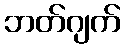
ဘတ်ဂျက်